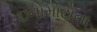
ઇનોમોટોના